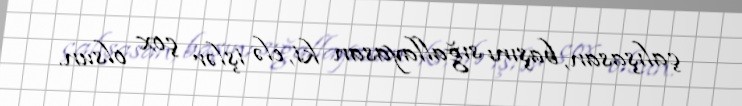
çalışasan, başını sığallayasan ki, elə işlər çox olsun.